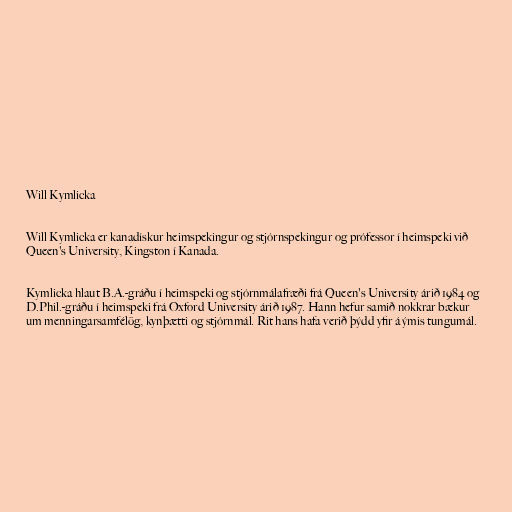
Will Kymlicka

Will Kymlicka er kanadískur heimspekingur og stjórnspekingur og prófessor í heimspeki við
Queen's University, Kingston í Kanada.

Kymlicka hlaut B.A.-gráðu í heimspeki og stjórnmálafræði frá Queen's University árið 1984 og
D.Phil.-gráðu í heimspeki frá Oxford University árið 1987. Hann hefur samið nokkrar bækur
um menningarsamfélög, kynþætti og stjórnmál. Rit hans hafa verið þýdd yfir á ýmis tungumál.